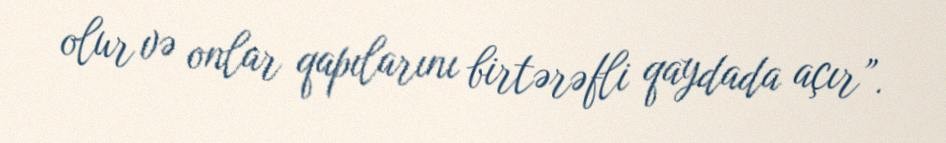
olur və onlar qapılarını birtərəfli qaydada açır”.